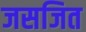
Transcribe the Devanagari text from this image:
जसजित